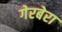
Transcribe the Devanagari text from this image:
गेरबेरा